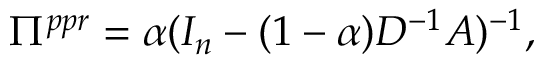
\begin{array} { r } { \begin{array} { r } { \Pi ^ { p p r } = \alpha ( I _ { n } - ( 1 - \alpha ) D ^ { - 1 } A ) ^ { - 1 } , } \end{array} } \end{array}